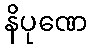
နိပုဏေ